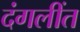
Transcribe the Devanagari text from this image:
दंगलींत